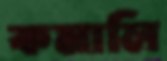
কমালি